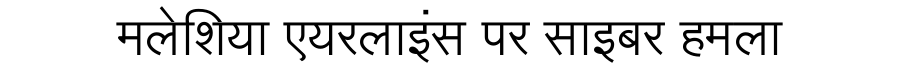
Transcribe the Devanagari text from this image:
मलेशिया एयरलाइंस पर साइबर हमला